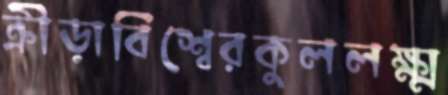
ক্রীড়াবিশ্বেরকুললক্ষ্ম